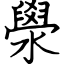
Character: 澩